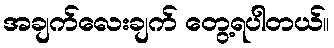
အချက်လေးချက် တွေ့ရပါတယ်။